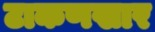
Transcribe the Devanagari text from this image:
टाकणखार